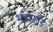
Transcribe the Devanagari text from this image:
भंडारगड